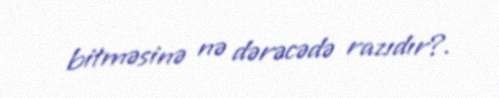
bitməsinə nə dərəcədə razıdır?.